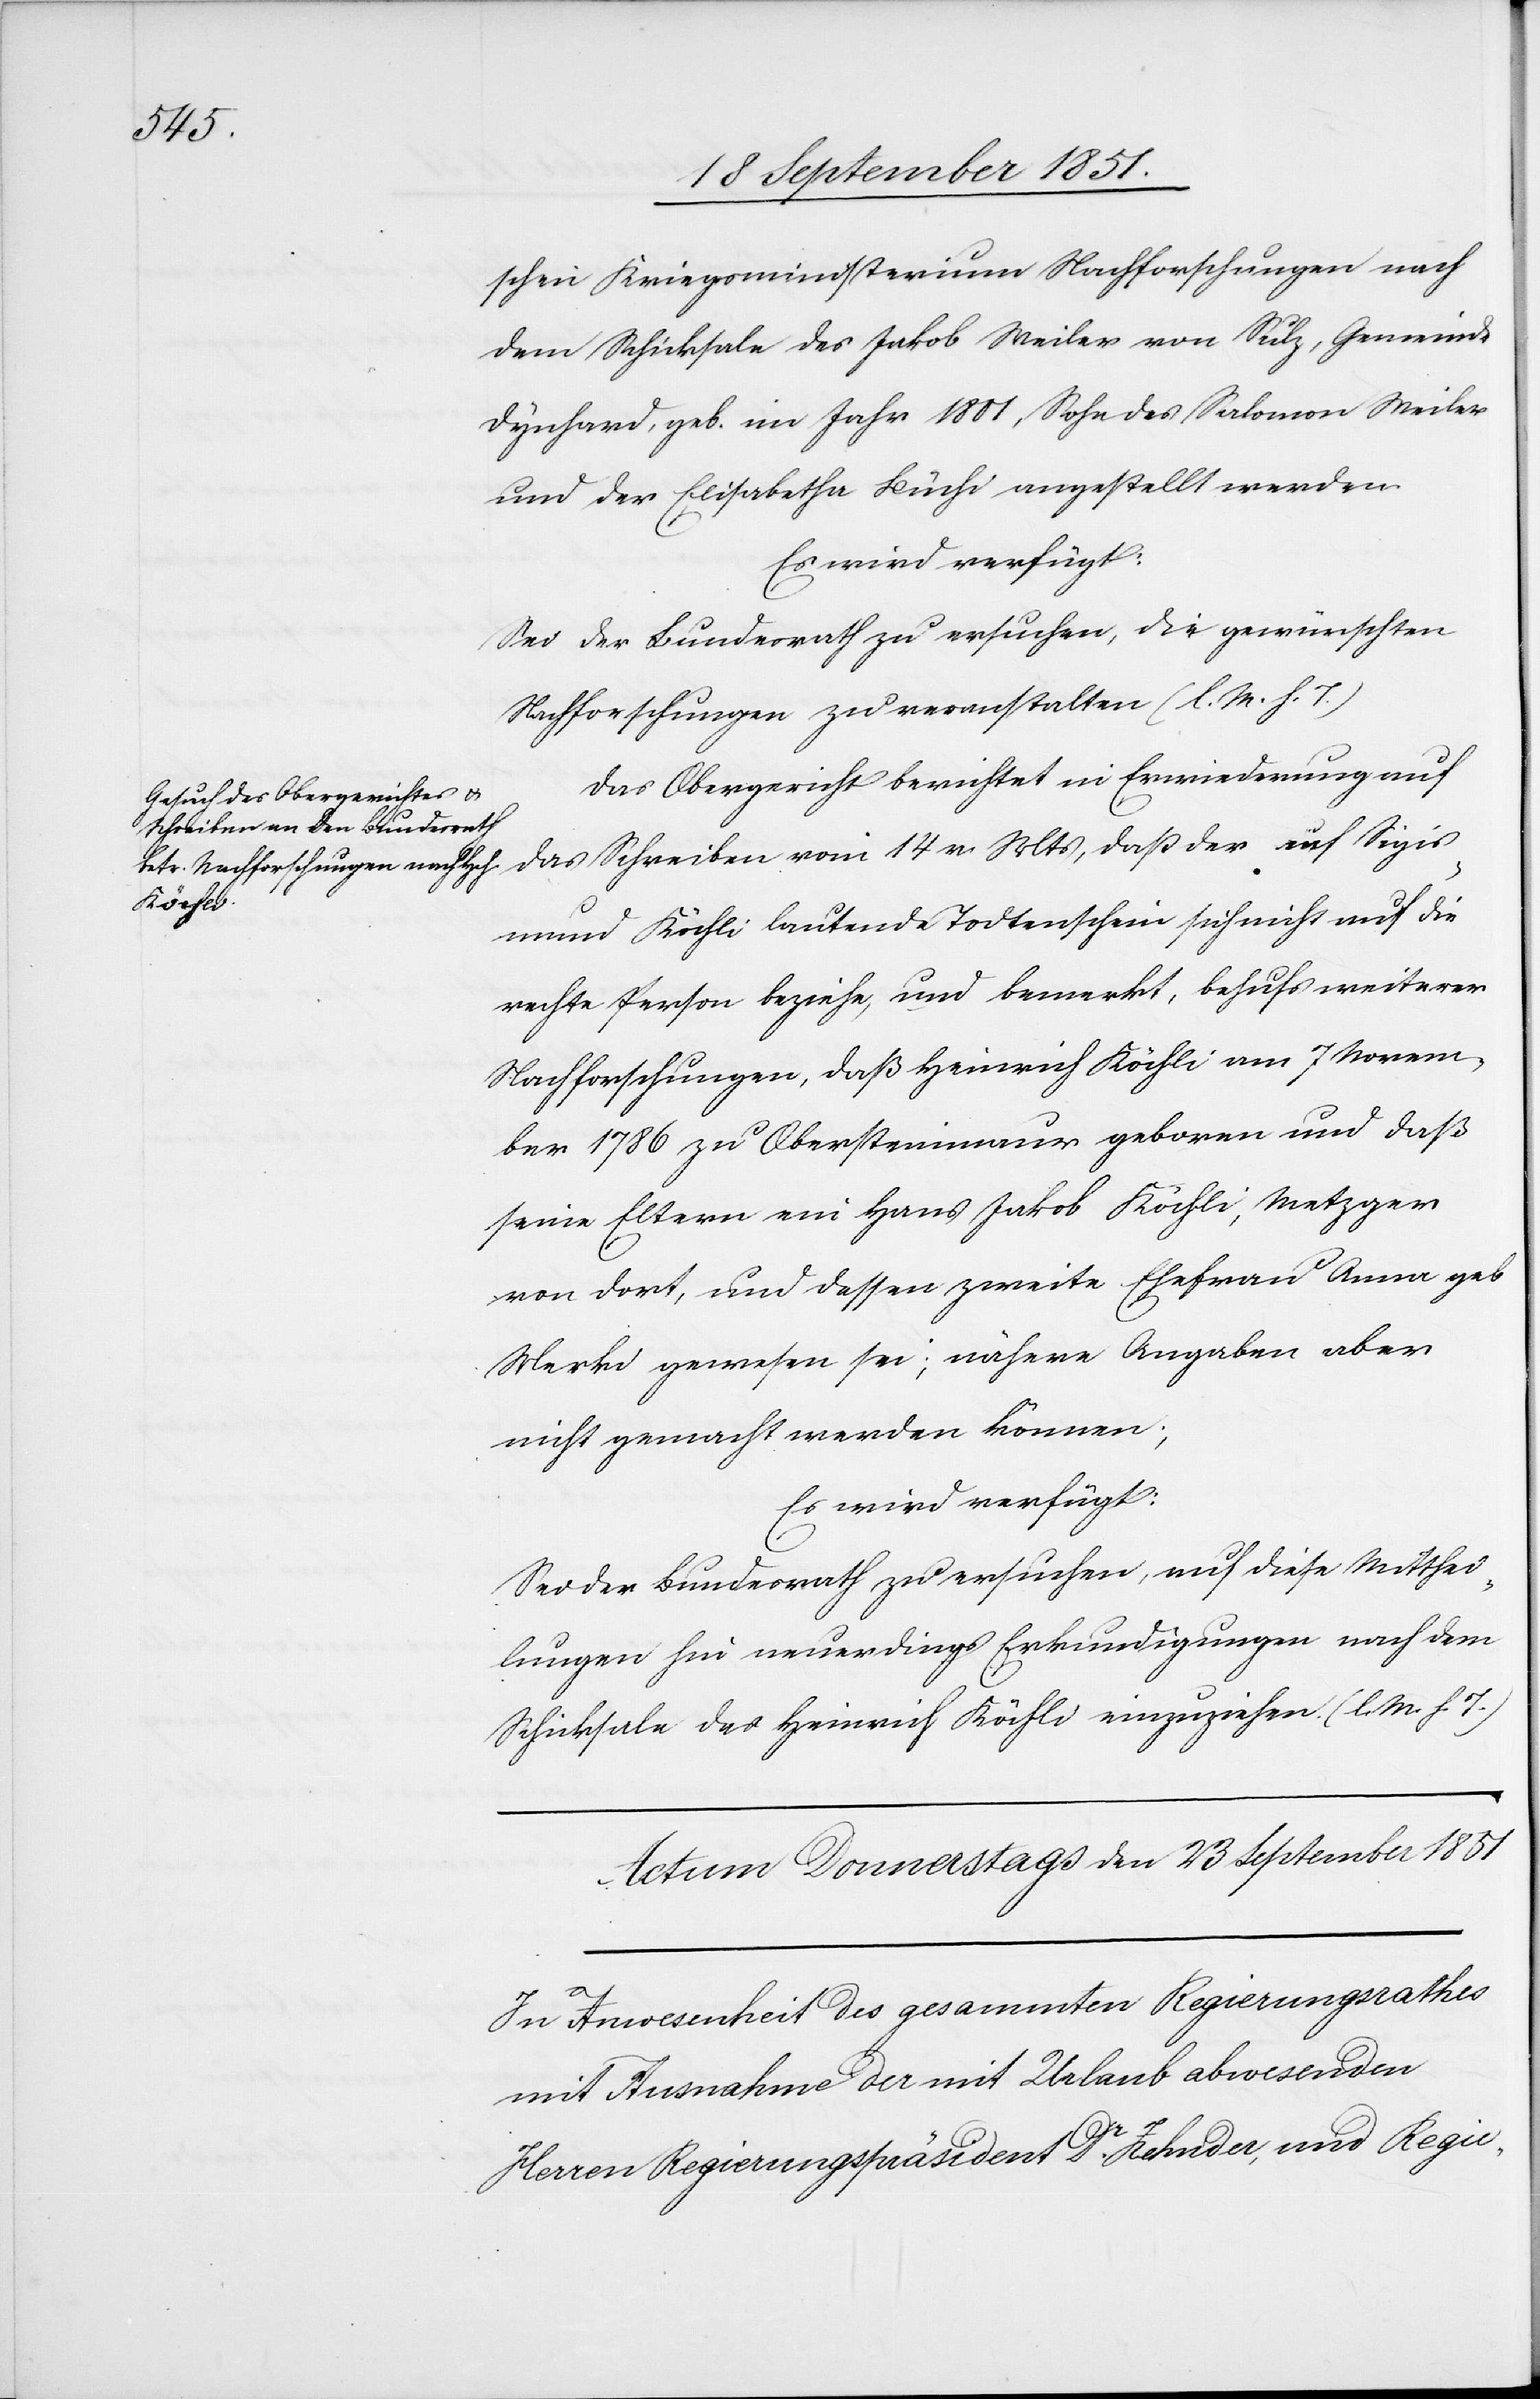
20t September 1851.]
schen Kriegsministerium Nachforschungen nach
dem Schicksale des Jakob Weiler von Sulz, Gemeinde
Dynhard, geb. im Jahr 1801, Sohn des Salomon Weiler
und der Elisabetha Büchi angestellt werden.
Es wird verfügt:
Sei der Bundesrath zu ersuchen, die gewünschten
Nachforschungen zu veranstalten (l. M. h. T.)
Das Obergericht berichtet in Erwiederung auf
das Schreiben vom 14 v. Mts, daß der auf Sigis¬
mund Köchli lautende Todtenschein sich nicht auf die
rechte Person beziehe, und bemerkt, behufs weiterer
Nachforschungen, daß Heinrich Köchli am 7 Novem¬
ber 1786 zu Obersteinmaur geboren und daß
seine Eltern ein Hans Jakob Köchli, Metzger
von dort, und dessen zweite Ehefrau Anna geb
Merki gewesen sei[en]; nähere Angaben aber
nicht gemacht werden können;
Es wird verfügt:
Sei der Bundesrath zu ersuchen, auf diese Mitthei¬
lungen hin neuerdings Erkundigungen nach dem
Schicksale des Heinrich Köchli einzuziehen. (l. M. h. T.)